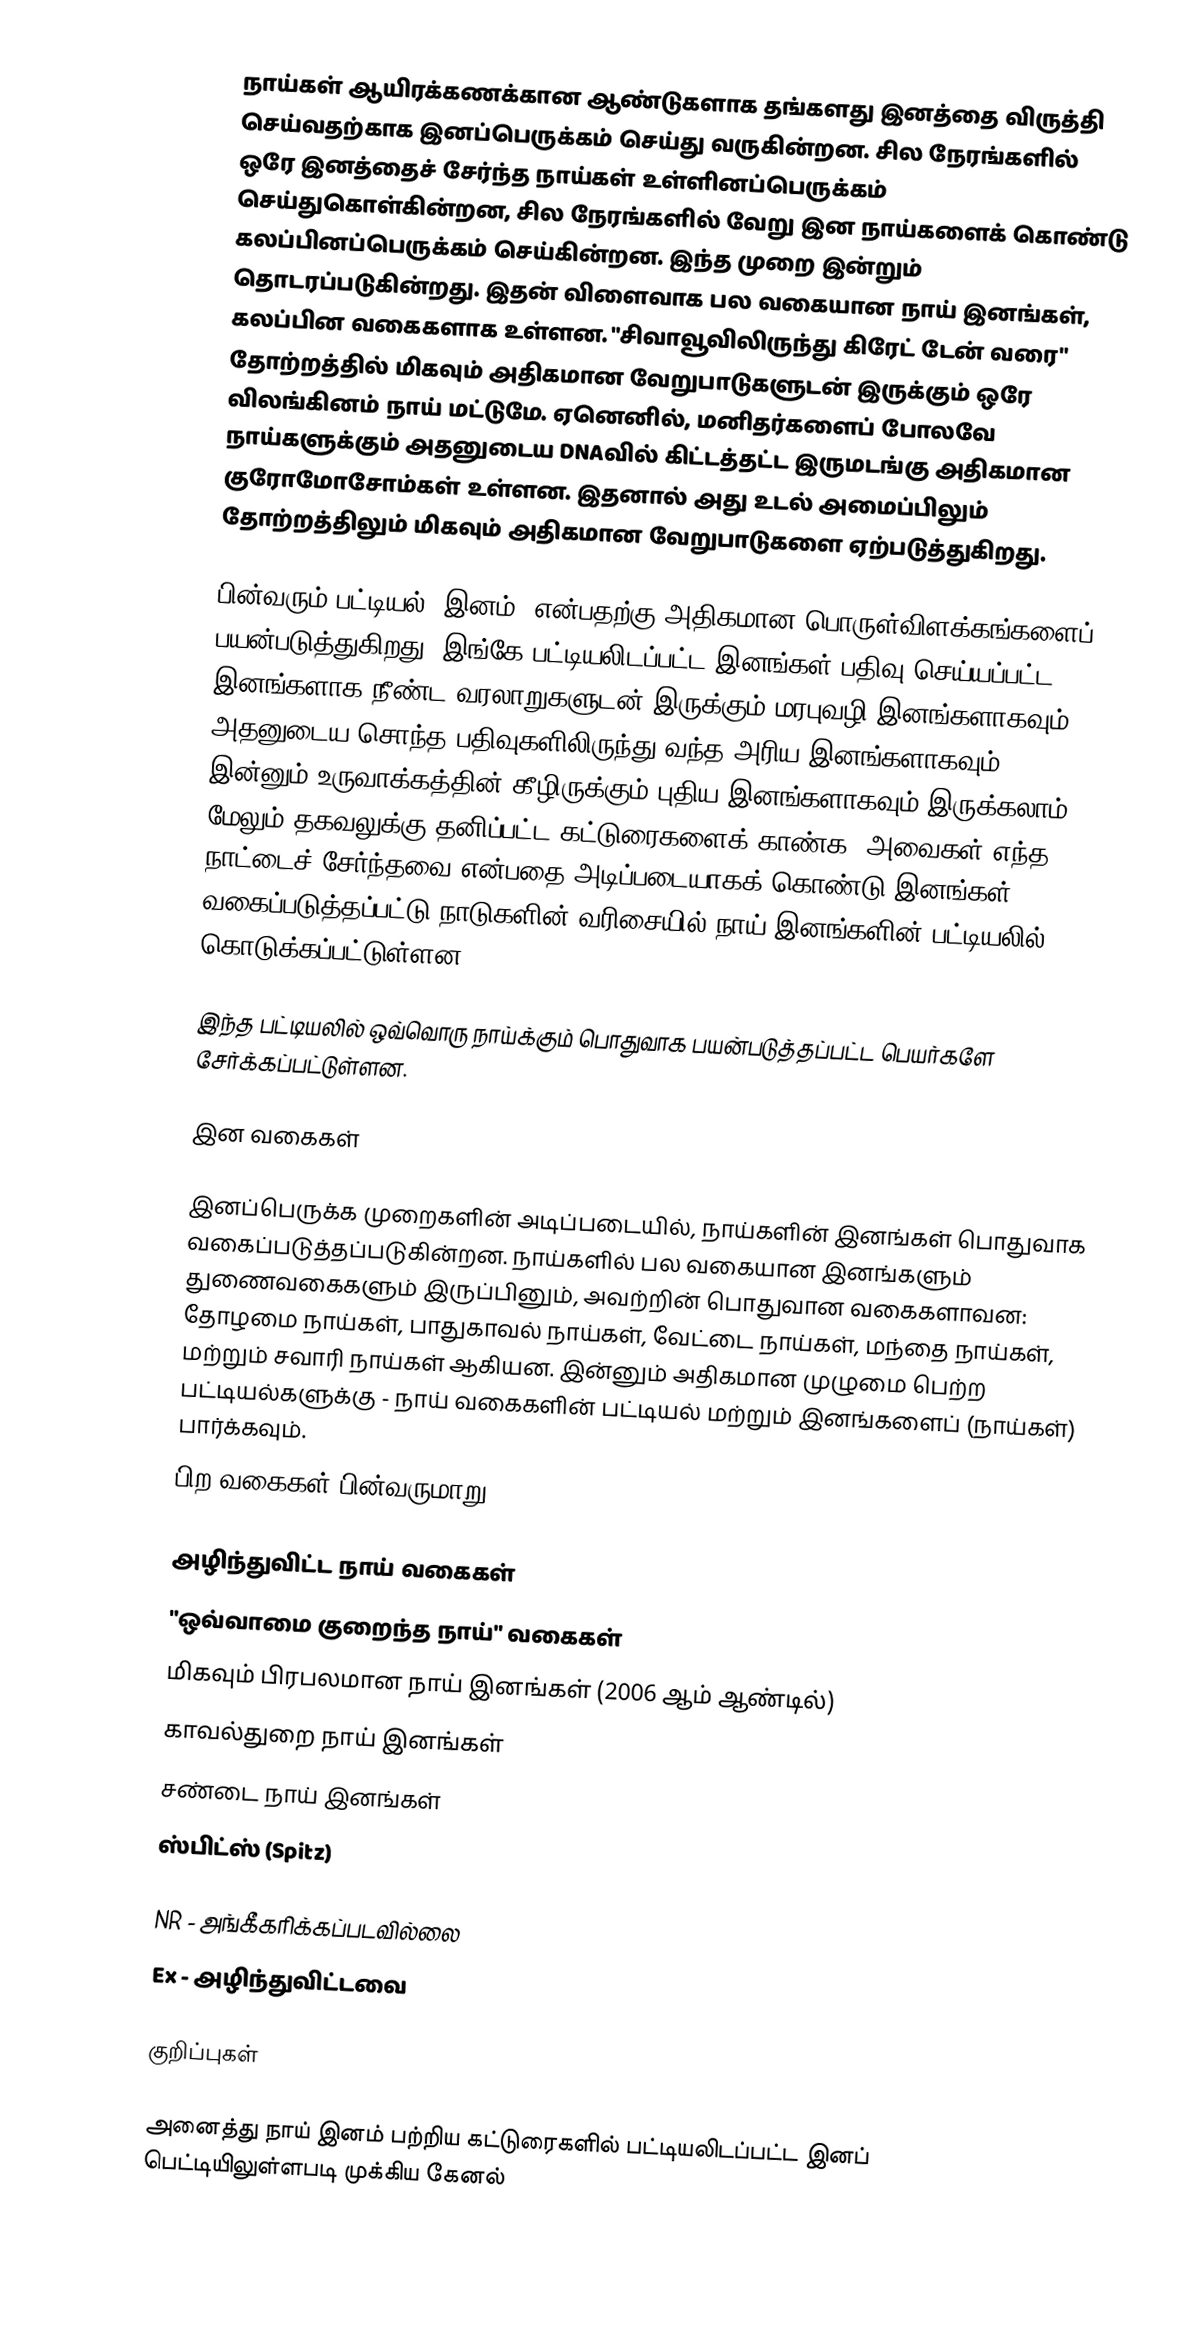

நாய்கள் ஆயிரக்கணக்கான ஆண்டுகளாக தங்களது இனத்தை விருத்தி செய்வதற்காக இனப்பெருக்கம் செய்து வருகின்றன. சில நேரங்களில் ஒரே இனத்தைச் சேர்ந்த நாய்கள் உள்ளினப்பெருக்கம் செய்துகொள்கின்றன, சில நேரங்களில் வேறு இன நாய்களைக் கொண்டு கலப்பினப்பெருக்கம் செய்கின்றன. இந்த முறை இன்றும் தொடரப்படுகின்றது. இதன் விளைவாக பல வகையான நாய் இனங்கள், கலப்பின வகைகளாக உள்ளன. "சிவாவூவிலிருந்து கிரேட் டேன் வரை" தோற்றத்தில் மிகவும் அதிகமான வேறுபாடுகளுடன் இருக்கும் ஒரே விலங்கினம் நாய் மட்டுமே. ஏனெனில், மனிதர்களைப் போலவே நாய்களுக்கும் அதனுடைய DNAவில் கிட்டத்தட்ட இருமடங்கு அதிகமான குரோமோசோம்கள் உள்ளன. இதனால் அது உடல் அமைப்பிலும் தோற்றத்திலும் மிகவும் அதிகமான வேறுபாடுகளை ஏற்படுத்துகிறது.

பின்வரும் பட்டியல் 'இனம்' என்பதற்கு அதிகமான பொருள்விளக்கங்களைப் பயன்படுத்துகிறது. இங்கே பட்டியலிடப்பட்ட இனங்கள் பதிவு செய்யப்பட்ட இனங்களாக நீண்ட வரலாறுகளுடன் இருக்கும் மரபுவழி இனங்களாகவும், அதனுடைய சொந்த பதிவுகளிலிருந்து வந்த அரிய இனங்களாகவும், இன்னும் உருவாக்கத்தின் கீழிருக்கும் புதிய இனங்களாகவும் இருக்கலாம். மேலும் தகவலுக்கு தனிப்பட்ட கட்டுரைகளைக் காண்க. அவைகள் எந்த நாட்டைச் சேர்ந்தவை என்பதை அடிப்படையாகக் கொண்டு இனங்கள் வகைப்படுத்தப்பட்டு நாடுகளின் வரிசையில் நாய் இனங்களின் பட்டியலில் கொடுக்கப்பட்டுள்ளன.

இந்த பட்டியலில் ஒவ்வொரு நாய்க்கும் பொதுவாக பயன்படுத்தப்பட்ட பெயர்களே சேர்க்கப்பட்டுள்ளன.

இன வகைகள்

இனப்பெருக்க முறைகளின் அடிப்படையில், நாய்களின் இனங்கள் பொதுவாக வகைப்படுத்தப்படுகின்றன. நாய்களில் பல வகையான இனங்களும் துணைவகைகளும் இருப்பினும், அவற்றின் பொதுவான வகைகளாவன: தோழமை நாய்கள், பாதுகாவல் நாய்கள், வேட்டை நாய்கள், மந்தை நாய்கள், மற்றும் சவாரி நாய்கள் ஆகியன. இன்னும் அதிகமான முழுமை பெற்ற பட்டியல்களுக்கு - நாய் வகைகளின் பட்டியல் மற்றும் இனங்களைப் (நாய்கள்) பார்க்கவும்.
பிற வகைகள் பின்வருமாறு:

 அழிந்துவிட்ட நாய் வகைகள்
 "ஒவ்வாமை குறைந்த நாய்" வகைகள்
 மிகவும் பிரபலமான நாய் இனங்கள் (2006 ஆம் ஆண்டில்)
 காவல்துறை நாய் இனங்கள்
 சண்டை நாய் இனங்கள்
 ஸ்பிட்ஸ் (Spitz)

 NR - அங்கீகரிக்கப்படவில்லை
 Ex - அழிந்துவிட்டவை

குறிப்புகள்

 அனைத்து நாய் இனம் பற்றிய கட்டுரைகளில் பட்டியலிடப்பட்ட இனப் பெட்டியிலுள்ளபடி முக்கிய கேனல்